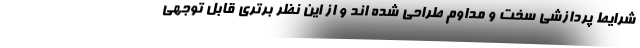
شرایط پردازشی سخت و مداوم طراحی شده اند و از این نظر برتری قابل توجهی